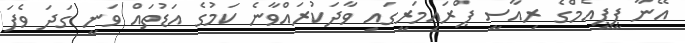
އޭނާ ޕީޕީއެމްގެ ރިއާސީ ޕްރައިމަރީގައި ވާދަކުރައްވާނެ ކަމުގެ އަޑުތައް ވަނީ ގަދަ ވެފަ